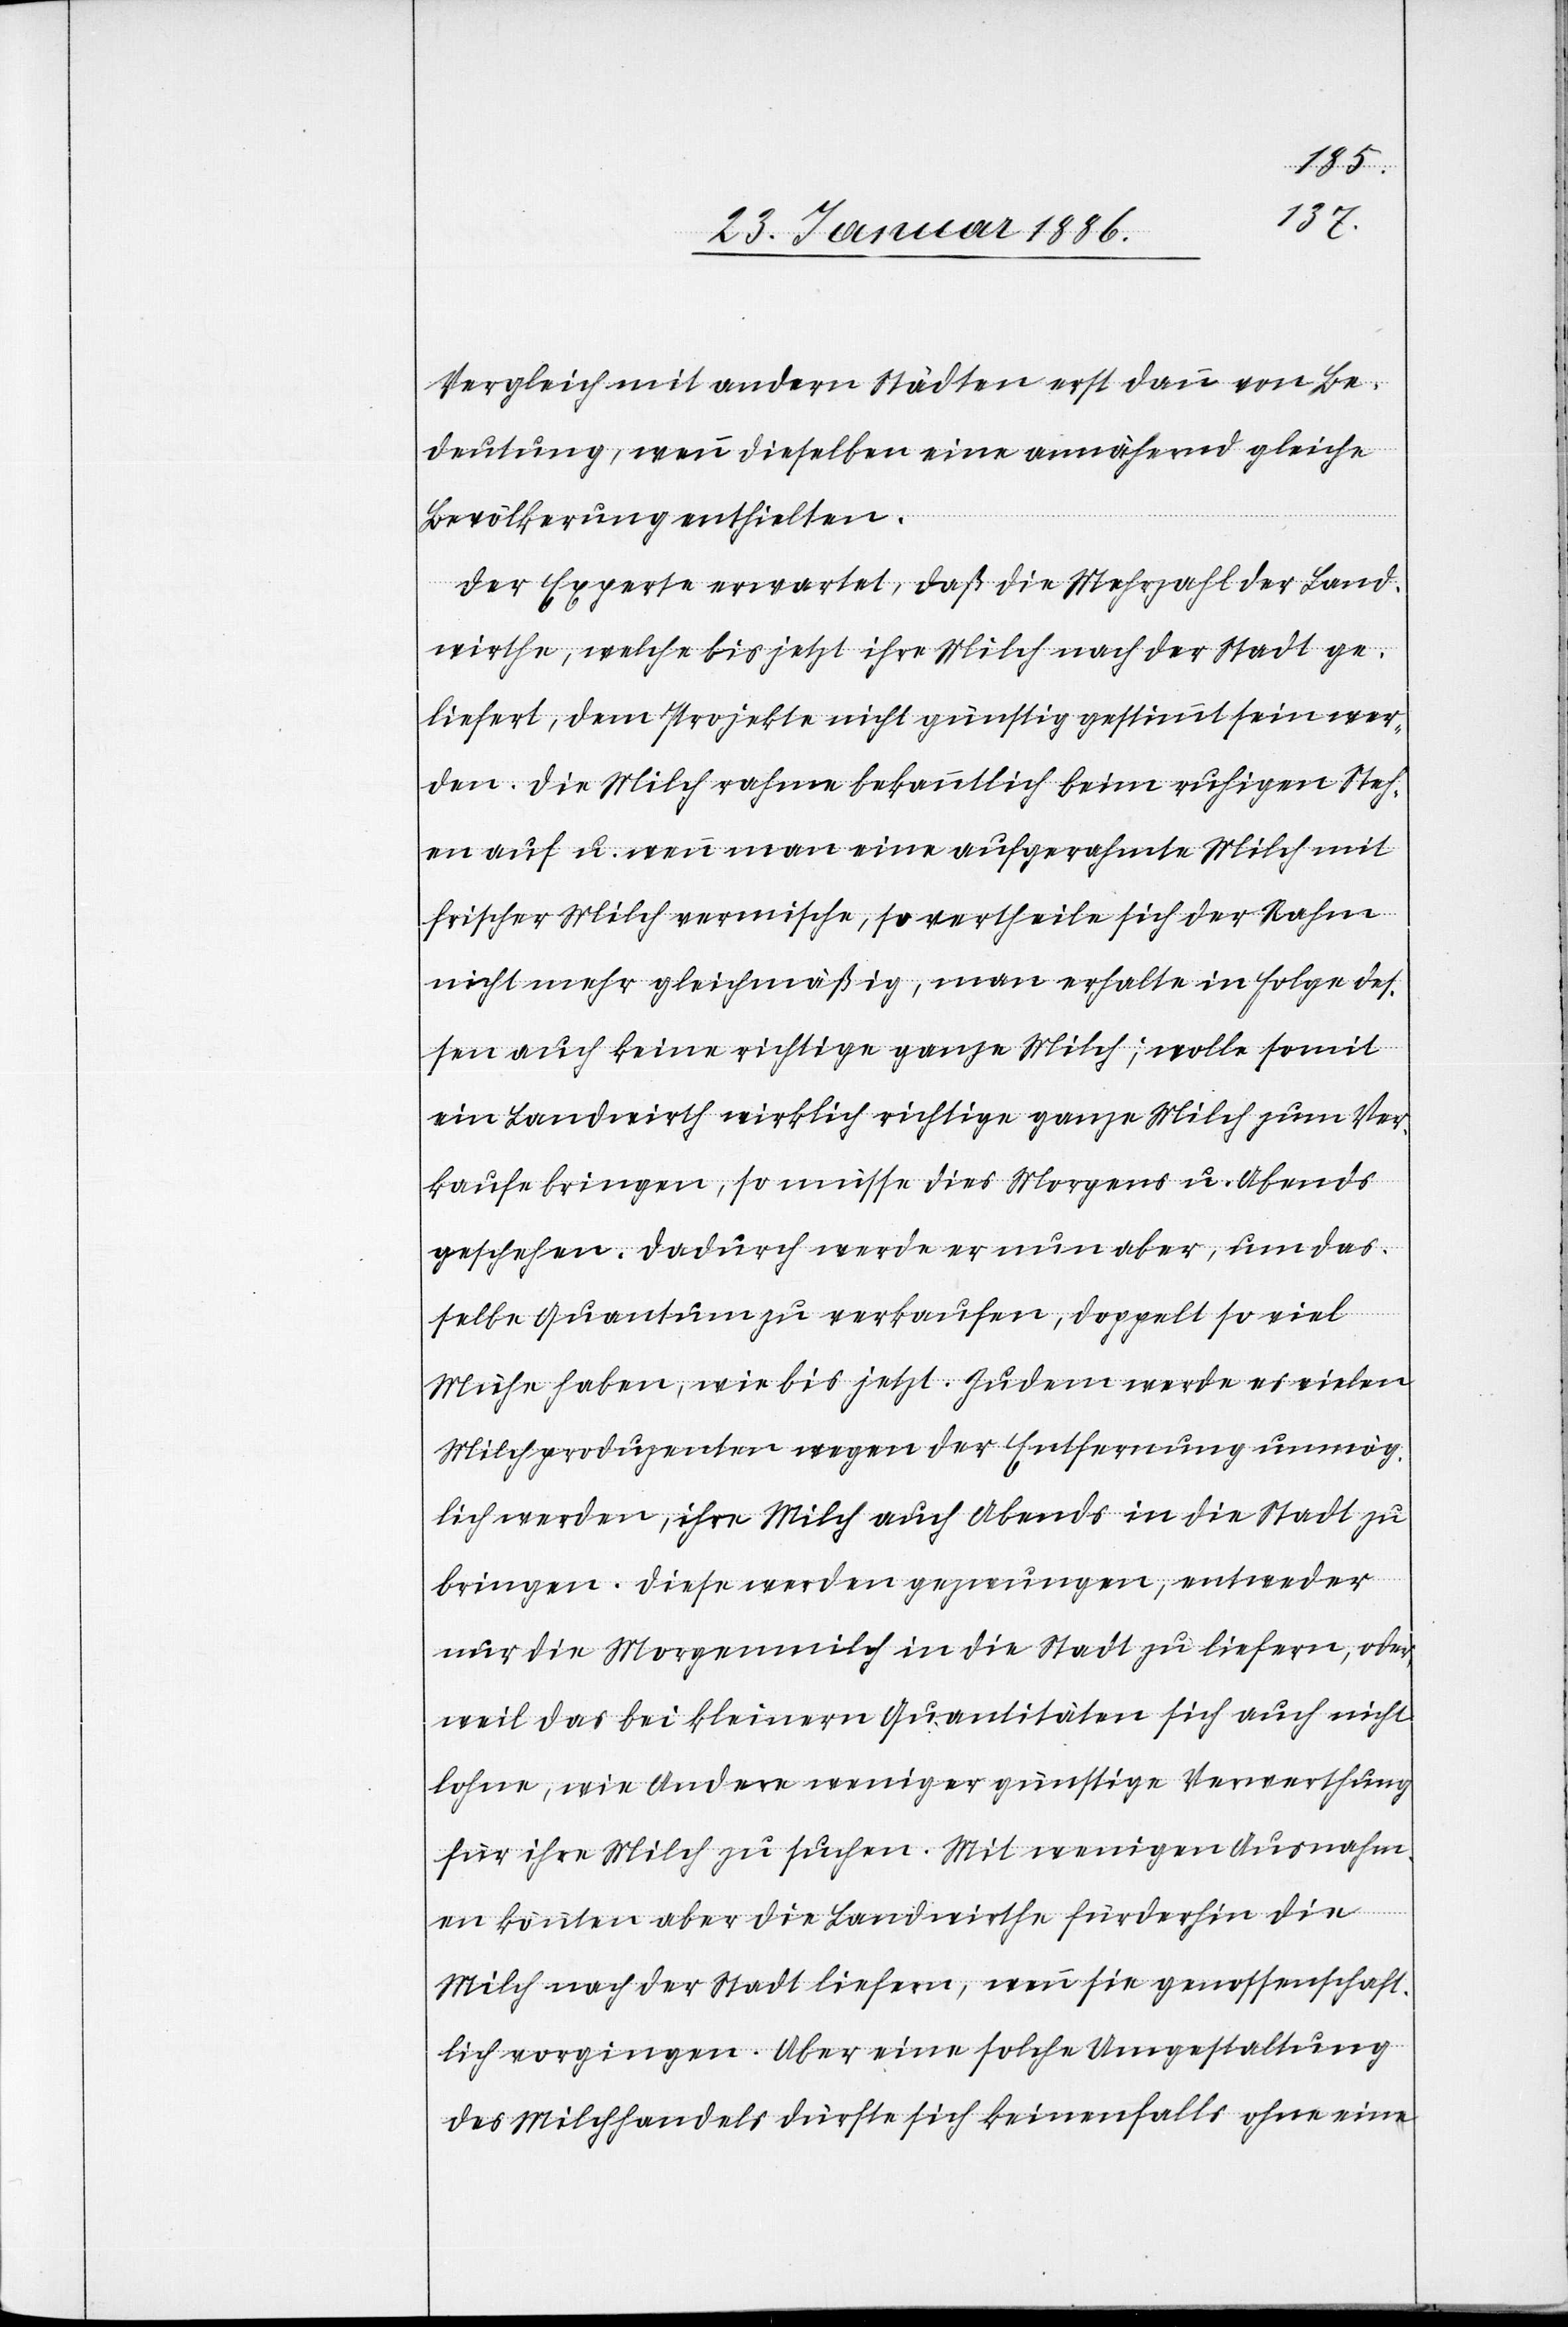
Vergleich mit andern Städten erst dann von Be¬
deutung, wenn dieselben eine annähernd gleiche
Bevölkerung enthielten.
Der Experte erwartet, daß die Mehrzahl der Land¬
wirthe, welche bis jetzt ihre Milch nach der Stadt ge¬
liefert, dem Projekte nicht günstig gestimmt sein wer¬
den. Die Milch rahme bekanntlich beim ruhigen Steh¬
en auf u. wenn man eine aufgerahmte Milch mit
frischer Milch vermische, so vertheile sich der Rahm
nicht mehr gleichmäßig, man erhalte in Folge des¬
sen auch keine richtige ganze Milch; wolle somit
ein Landwirth wirklich richtige ganze Milch zum Ver¬
kaufe bringen, so müsse dies Morgens u. Abends
geschehen. Dadurch werde er nun aber, um das¬
selbe Quantum zu verkaufen, doppelt so viel
Mühe haben, wie bis jetzt. Zudem werde es vielen
Milchproduzenten wegen der Entfernung unmög¬
lich werden, ihre Milch auch Abends in die Stadt zu
bringen. Diese werden gezwungen, entweder
nur die Morgenmilch in die Stadt zu liefern, oder,
weil das bei kleinern Quantitäten sich auch nicht
lohne, wie Andere weniger günstige Verwerthung
für ihre Milch zu suchen. Mit wenigen Ausnahm¬
en könnten aber die Landwirthe fürderhin die
Milch nach der Stadt liefern, wenn sie genossenschaft¬
lich vorgingen. Aber eine solche Umgestaltung
des Milchhandels dürfte sich keinenfalls ohne eine